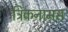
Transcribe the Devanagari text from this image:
ट्रिकनामस